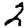
Digit: 2